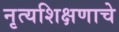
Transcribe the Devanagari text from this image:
नृत्यशिक्षणाचे